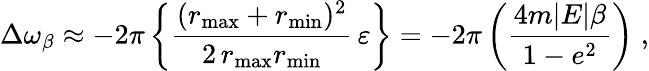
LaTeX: \Delta\omega_{\beta}\approx-2\pi\left\{ \frac{(r_{\operatorname*{max}}+r_{\operatorname*{min}})^{2}}{2\, r_{\operatorname*{max}}r_{\operatorname*{min}}}\, \varepsilon\right\} =-2\pi\left(\frac{4m|E|\beta}{1-e^{2}}\right)\; ,